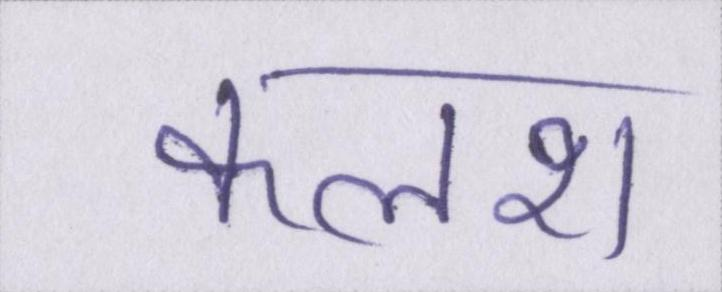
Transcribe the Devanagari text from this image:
कलश